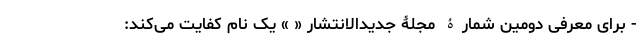
- برای معرفی دومین شمارۀ مجلۀ جدید‌الانتشار « » یک نام کفایت می‌کند: